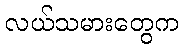
လယ်သမားတွေက